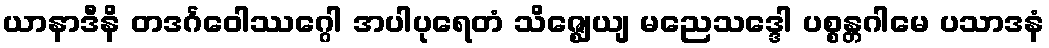
ယာနာဒီနိ တဒင်္ဂဝေါဿဂ္ဂေါ အပါပုရေတံ သိဇ္ဈေယျ မညေသဒ္ဒေါ ပစ္စန္တဂါမေ ပသာဒနံ